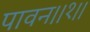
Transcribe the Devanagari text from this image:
पावन।।१।।